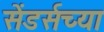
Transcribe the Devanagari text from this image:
सेंडर्सच्या